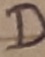
Text: D